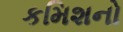
કમિશનો